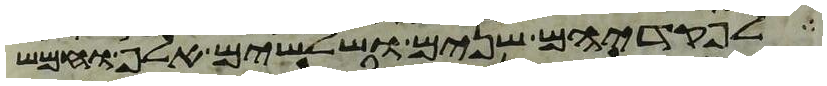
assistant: לפקדיהם שנים ושלשים אלף וחמש